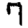
Digit: 7